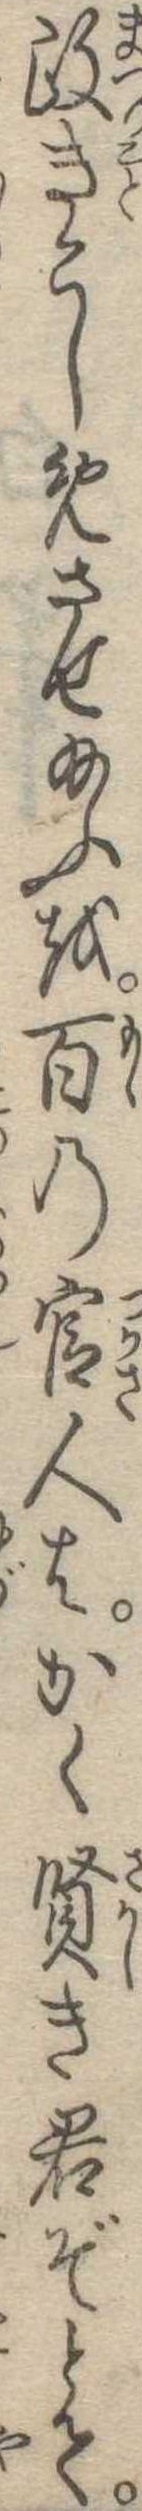
政きこしめさせ給ふを百の官人はかく賢き君ぞとて